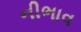
નીભાવ